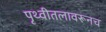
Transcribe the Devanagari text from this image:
पृथ्वीतलावरूनच